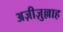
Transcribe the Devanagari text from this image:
अज़ीज़ुल्लाह